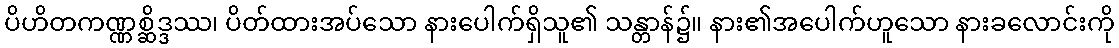
ပိဟိတကဏ္ဏစ္ဆိဒ္ဒဿ၊ ပိတ်ထားအပ်သော နားပေါက်ရှိသူ၏ သန္တာန်၌။ နား၏အပေါက်ဟူသော နားခလောင်းကို